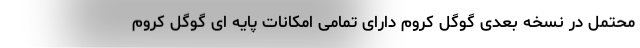
محتمل در نسخه بعدی گوگل کروم دارای تمامی امکانات پایه ای گوگل کروم